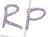
Text: RP